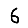
Digit: 6